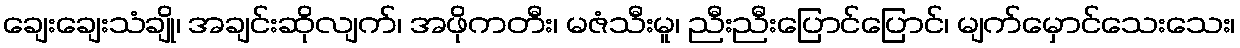
ချေးချေးသံချို၊ အချင်းဆိုလျက်၊ အဖိုကတီး၊ မဇံသီးမူ၊ ညီးညီးပြောင်ပြောင်၊ မျက်မှောင်သေးသေး၊